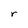
Character: r